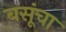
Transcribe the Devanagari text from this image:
बसूंचा